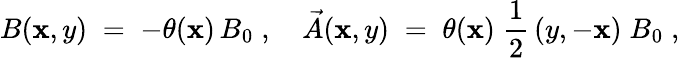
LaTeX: B(\mathbf{x},y)\; =\; -\theta(\mathbf{x})\, B_{0}\; ,\quad\vec{{A}}(\mathbf{x},y)\; =\; \theta(\mathbf{x})\; \frac{{1}}{{2}}\, (y,-\mathbf{x})\; B_{0}\; ,